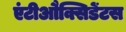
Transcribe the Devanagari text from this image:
एंटीऔक्सिडेंटस